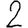
Digit: 2